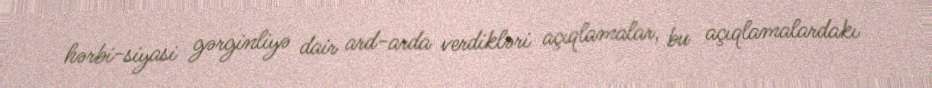
hərbi-siyasi gərginliyə dair ard-arda verdikləri açıqlamalar, bu açıqlamalardakı